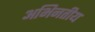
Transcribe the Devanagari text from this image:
अभिनतीय